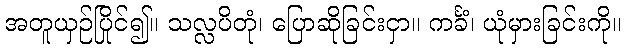
အတူယှဉ်ပြိုင်၍။ သလ္လပိတုံ၊ ပြောဆိုခြင်းငှာ။ ကင်္ခံ၊ ယုံမှားခြင်းကို။